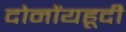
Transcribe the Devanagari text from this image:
दोनोंयहूदी